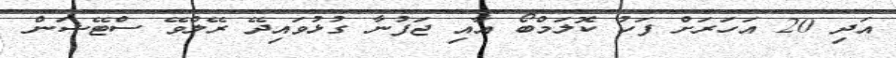
އަދި 20 އަހަރަށް ފަހު ކޮލަމްބޯ އާއި ޖަފުނާ ގުޅުވައިދޭ ރޭލްވޭ ސްޓޭޝަން